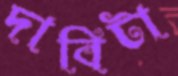
দাবিটা